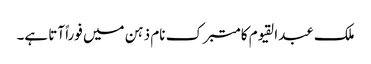
ملک عبدالقیوم کا متبرک نام ذہن میں فوراً آتا ہے۔